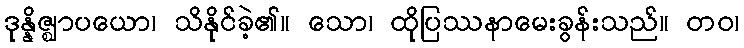
ဒုန္နိဇ္ဈာပယော၊ သိနိုင်ခဲ့၏။ သော၊ ထိုပြဿနာမေးခွန်းသည်။ တဝ၊